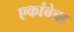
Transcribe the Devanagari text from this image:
एकांबेचा